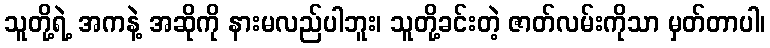
သူတို့ရဲ့ အကနဲ့ အဆိုကို နားမလည်ပါဘူး၊ သူတို့ခင်းတဲ့ ဇာတ်လမ်းကိုသာ မှတ်တာပါ၊